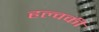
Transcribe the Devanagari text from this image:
हल्वकी